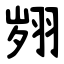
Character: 翙